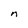
Character: n